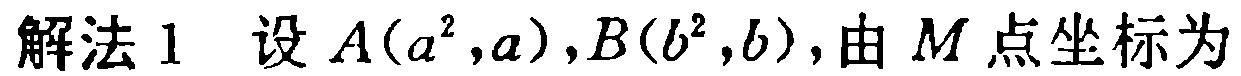
解法1 设\(A(a^{2},a),B(b^{2},b)\),由\(M\)点坐标为